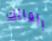
المالك